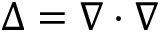
\Delta = \nabla \cdot \nabla